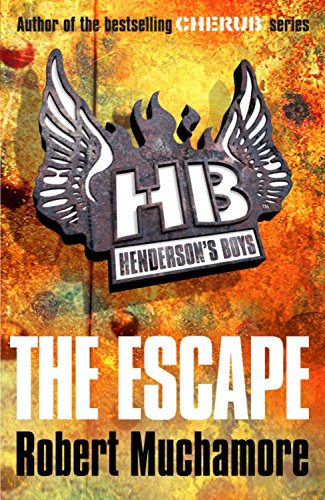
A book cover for The Escape (Henderson's Boys); Robert Muchamore; Teen & Young Adult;